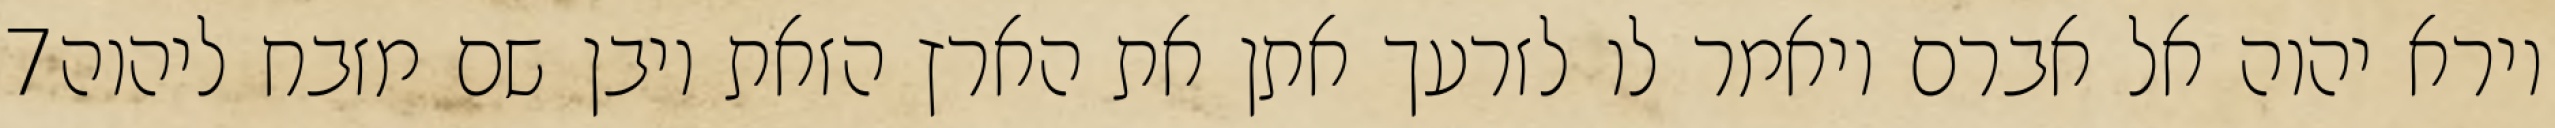
‎7‏ וירא יהוה אל אברם ויאמר לו לזרעך אתן את הארץ הזאת ויבן שם מזבח ליהוה